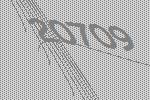
20709